Vaccination in the Punjab 1883-1896 - 1883-1896
Year: 1883
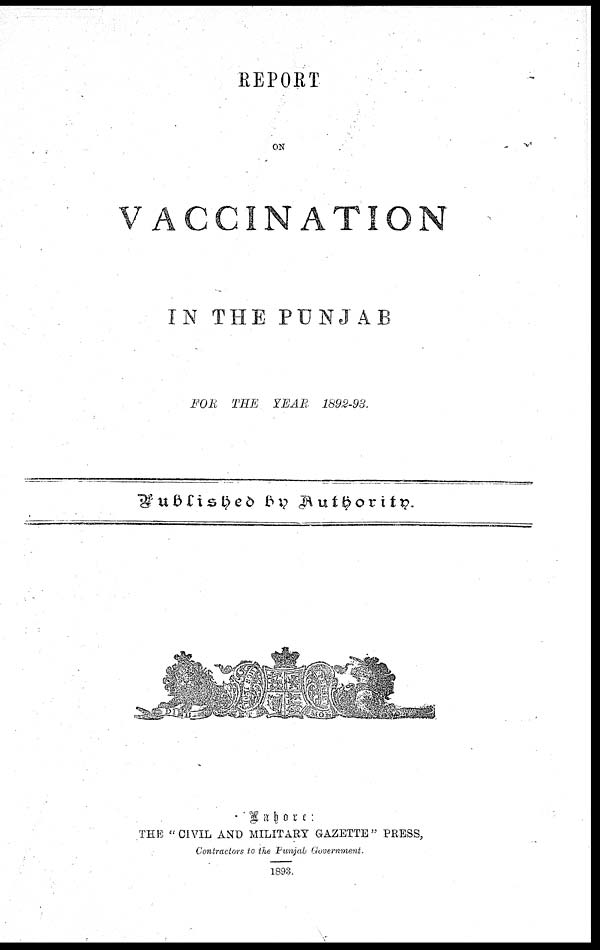
REPORT
ON
VACCINATION
IN THE PUNJAB
FOR THE YEAR 1892-93.
Published By Authority.
Lahore :
THE "CIVIL AND MILITARY GAZETTE" PRESS,
Contractors to the Punjab Government.
1893.